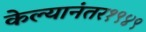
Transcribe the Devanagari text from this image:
केल्यानंतर१९४९